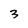
Character: 3